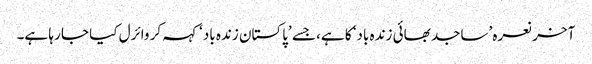
آخر نعرہ ’ساجد بھائی زندہ باد‘ کا ہے، جسے ’پاکستان زندہ باد‘ کہہ کر وائرل کیا جا رہا ہے۔